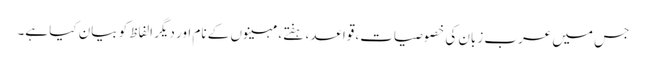
جس میں عرب زبان کی خصوصیات، قواعد، ہفتے، مہینوں کے نام اور دیگر الفاظ کو بیان کیا ہے۔